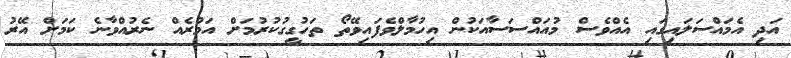
އަދި އެމައްސަލައިގައި އެއްވެސް މުއައްސަސާއަކުން އިހުމާލްވެފައިވޭތޯ ތަހުގީގުކުރުމަށް އަމުރެއް ނެރުއްވާނެ ކަމަށް އޭރު